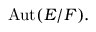
\operatorname { A u t } ( E / F ) .